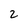
Character: 2